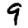
Digit: 9